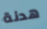
هدنة